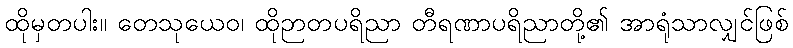
ထိုမှတပါး။ တေသုယေဝ၊ ထိုဉာတပရိညာ တီရဏာပရိညာတို့၏ အာရုံသာလျှင်ဖြစ်